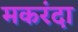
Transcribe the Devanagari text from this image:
मकरंदा